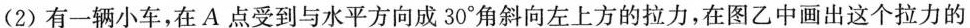
(2)有一辆小车，在A点受到与水平方向成30°角斜向左上方的拉力，在图乙中画出这个拉力的